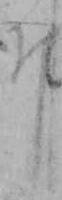
ヰ